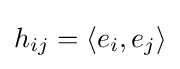
h_{ij}=\langle e_{i},e_{j}\rangle